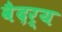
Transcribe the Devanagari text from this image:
वैदर्य